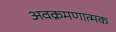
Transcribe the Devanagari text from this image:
अवक्रमणात्मक